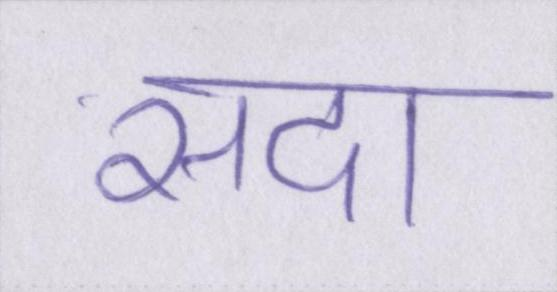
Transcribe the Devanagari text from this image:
सदा